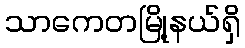
သာကေတမြို့နယ်ရှိ